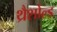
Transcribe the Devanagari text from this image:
थ्रैशोल्ड